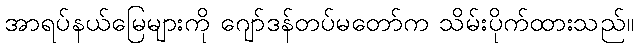
အာရပ်နယ်မြေများကို ဂျော်ဒန်တပ်မတော်က သိမ်းပိုက်ထားသည်။